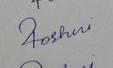
Signature authenticity: forged